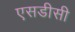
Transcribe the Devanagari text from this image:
एसडीसी